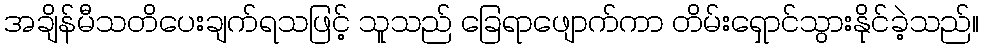
အချိန်မီသတိပေးချက်ရသဖြင့် သူသည် ခြေရာဖျောက်ကာ တိမ်းရှောင်သွားနိုင်ခဲ့သည်။